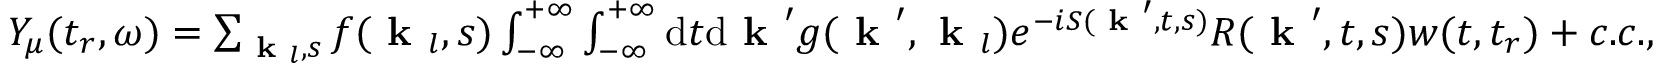
\begin{array} { r } { Y _ { \mu } ( t _ { r } , \omega ) = \sum _ { \textbf { k } _ { l } , s } f ( \textbf { k } _ { l } , s ) \int _ { - \infty } ^ { + \infty } \int _ { - \infty } ^ { + \infty } \mathrm { d } t \mathrm { d } \textbf { k } ^ { \prime } g ( \textbf { k } ^ { \prime } , \textbf { k } _ { l } ) e ^ { - i S ( \textbf { k } ^ { \prime } , t , s ) } R ( \textbf { k } ^ { \prime } , t , s ) w ( t , t _ { r } ) + c . c . , } \end{array}